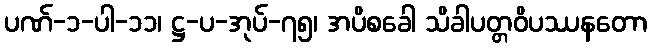
ပဏ်-၁-ပါ-၁၁၊ ဋ္ဌ-ပ-အုပ်-၇၅၊ အပိစခေါ သိခါပတ္တဝိပဿနတော